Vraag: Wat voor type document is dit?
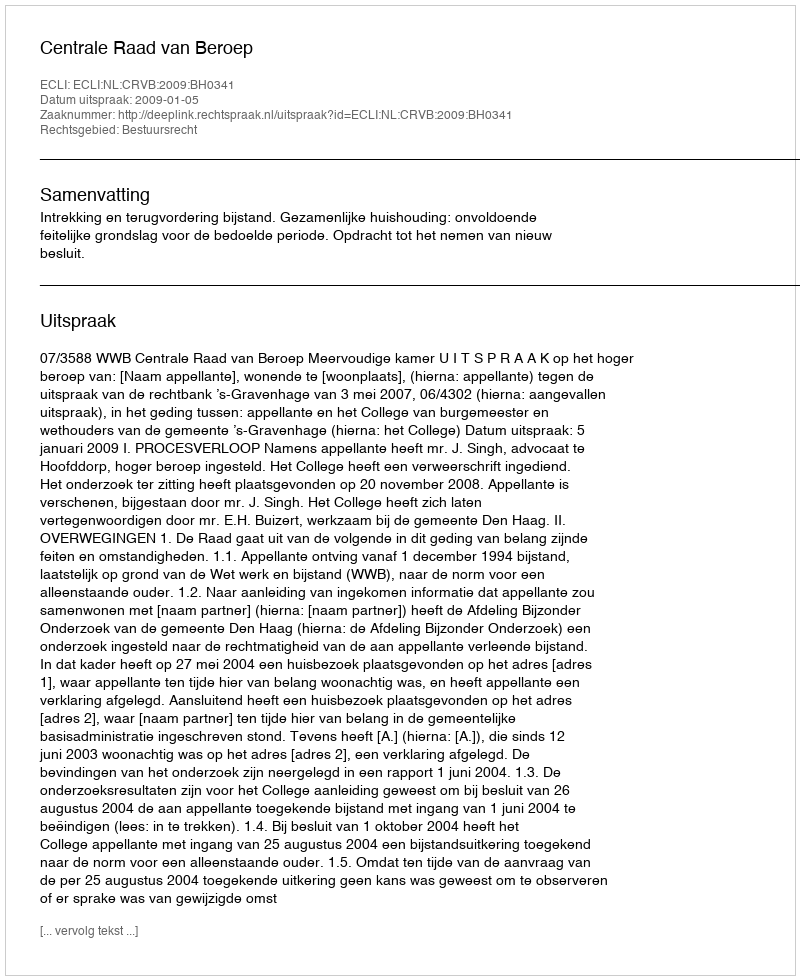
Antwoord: Uitspraak